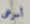
أسرعى